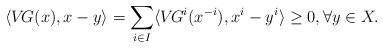
\begin{align*}\langle V\!G(x), x- y \rangle = \sum_{i\in I} \langle V\!G^i(x^{-i}), x^i - y^i \rangle \geq 0, \forall y \in X.\end{align*}